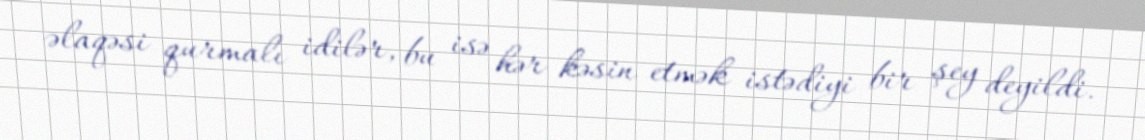
əlaqəsi qurmalı idilər, bu isə hər kəsin etmək istədiyi bir şey deyildi.